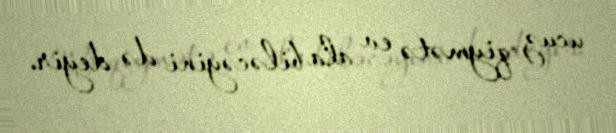
ucuz qiymətə ev ala biləcəyini də deyir.